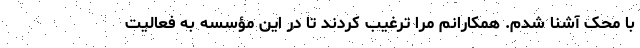
با محک آشنا شدم. همکارانم مرا ترغیب کردند تا در این مؤسسه به فعالیت